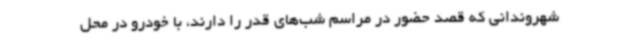
شهروندانی که قصد حضور در مراسم شب‌های قدر را دارند، با خودرو در محل